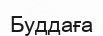
Буддаға